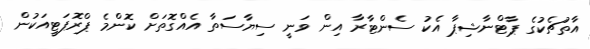
އާތުޗެކުގެ ޕާޓްނާޝިޕާ އެކު ސެންޓާރާ އިން ވަނީ ސިޔާސަތާ އެއްގޮތަށް ކޮންމެ ޕްރޮޕަޓީއަކުން